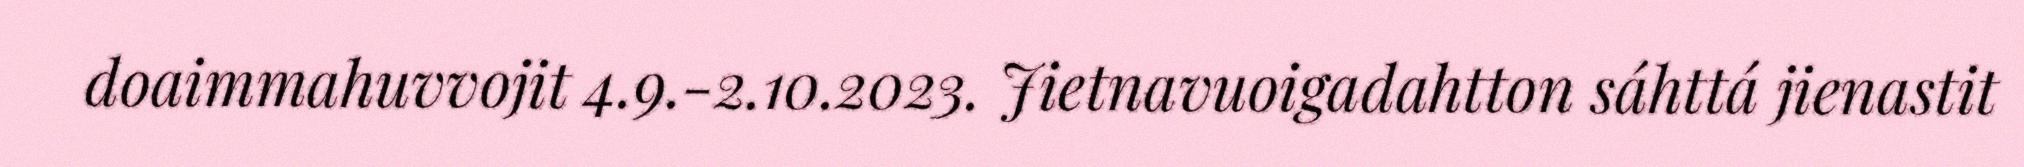
doaimmahuvvojit 4.9.-2.10.2023. Jietnavuoigadahtton sáhttá jienastit